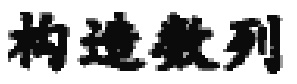
构造数列